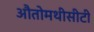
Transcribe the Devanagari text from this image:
औतोमथीसीटी